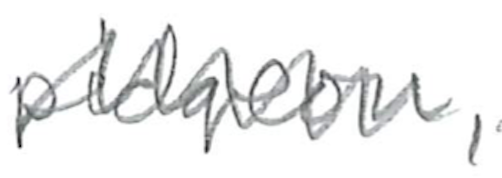
Text: pigeon,
Cross-out: zig-zag
Writing tool: pencil